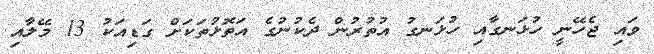
ވައި ޖެހޭނީ ހުޅަނގާއި ހުޅަނގު އުތުރުން ދެކުނުގެ އަތޮޅުތަކަށް ގަޑިއަކު 13 މޭލާއި